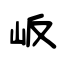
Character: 岅